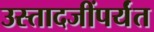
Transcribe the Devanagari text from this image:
उस्तादजींपर्यंत